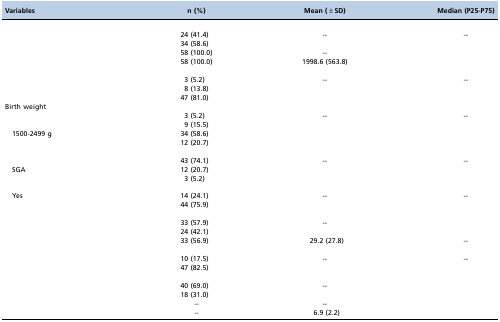
<table><thead><tr><td><b>Variables</b></td><td><b>n (%)</b></td><td><b>Mean (±SD)</b></td><td><b>Median (P25-P75)</b></td></tr></thead><tbody><tr><td>[EMPTY_CELL]</td><td>[EMPTY_CELL]</td><td>[EMPTY_CELL]</td><td>[EMPTY_CELL]</td></tr><tr><td>[EMPTY_CELL]</td><td>24 (41.4)</td><td>--</td><td>--</td></tr><tr><td>[EMPTY_CELL]</td><td>34 (58.6)</td><td>[EMPTY_CELL]</td><td>[EMPTY_CELL]</td></tr><tr><td>[EMPTY_CELL]</td><td>58 (100.0)</td><td>--</td><td>[EMPTY_CELL]</td></tr><tr><td>[EMPTY_CELL]</td><td>58 (100.0)</td><td>1998.6 (563.8)</td><td>[EMPTY_CELL]</td></tr><tr><td>[EMPTY_CELL]</td><td>[EMPTY_CELL]</td><td>[EMPTY_CELL]</td><td>[EMPTY_CELL]</td></tr><tr><td>[EMPTY_CELL]</td><td>3 (5.2)</td><td>--</td><td>--</td></tr><tr><td>[EMPTY_CELL]</td><td>8 (13.8)</td><td>[EMPTY_CELL]</td><td>[EMPTY_CELL]</td></tr><tr><td>[EMPTY_CELL]</td><td>47 (81.0)</td><td>[EMPTY_CELL]</td><td>[EMPTY_CELL]</td></tr><tr><td>Birth weight</td><td>[EMPTY_CELL]</td><td>[EMPTY_CELL]</td><td>[EMPTY_CELL]</td></tr><tr><td>[EMPTY_CELL]</td><td>3 (5.2)</td><td>--</td><td>--</td></tr><tr><td>[EMPTY_CELL]</td><td>9 (15.5)</td><td>[EMPTY_CELL]</td><td>[EMPTY_CELL]</td></tr><tr><td>1500-2499 g</td><td>34 (58.6)</td><td>[EMPTY_CELL]</td><td>[EMPTY_CELL]</td></tr><tr><td>[EMPTY_CELL]</td><td>12 (20.7)</td><td>[EMPTY_CELL]</td><td>[EMPTY_CELL]</td></tr><tr><td>[EMPTY_CELL]</td><td>[EMPTY_CELL]</td><td>[EMPTY_CELL]</td><td>[EMPTY_CELL]</td></tr><tr><td>[EMPTY_CELL]</td><td>43 (74.1)</td><td>--</td><td>--</td></tr><tr><td>SGA</td><td>12 (20.7)</td><td>[EMPTY_CELL]</td><td>[EMPTY_CELL]</td></tr><tr><td>[EMPTY_CELL]</td><td>3 (5.2)</td><td>[EMPTY_CELL]</td><td>[EMPTY_CELL]</td></tr><tr><td>[EMPTY_CELL]</td><td>[EMPTY_CELL]</td><td>[EMPTY_CELL]</td><td>[EMPTY_CELL]</td></tr><tr><td>Yes</td><td>14 (24.1)</td><td>--</td><td>--</td></tr><tr><td>[EMPTY_CELL]</td><td>44 (75.9)</td><td>[EMPTY_CELL]</td><td>[EMPTY_CELL]</td></tr><tr><td>[EMPTY_CELL]</td><td>[EMPTY_CELL]</td><td>[EMPTY_CELL]</td><td>[EMPTY_CELL]</td></tr><tr><td>[EMPTY_CELL]</td><td>33 (57.9)</td><td>--</td><td>[EMPTY_CELL]</td></tr><tr><td>[EMPTY_CELL]</td><td>24 (42.1)</td><td>[EMPTY_CELL]</td><td>[EMPTY_CELL]</td></tr><tr><td>[EMPTY_CELL]</td><td>33 (56.9)</td><td>29.2 (27.8)</td><td>--</td></tr><tr><td>[EMPTY_CELL]</td><td>[EMPTY_CELL]</td><td>[EMPTY_CELL]</td><td>[EMPTY_CELL]</td></tr><tr><td>[EMPTY_CELL]</td><td>10 (17.5)</td><td>--</td><td>--</td></tr><tr><td>[EMPTY_CELL]</td><td>47 (82.5)</td><td>[EMPTY_CELL]</td><td>[EMPTY_CELL]</td></tr><tr><td>[EMPTY_CELL]</td><td>[EMPTY_CELL]</td><td>[EMPTY_CELL]</td><td>[EMPTY_CELL]</td></tr><tr><td>[EMPTY_CELL]</td><td>40 (69.0)</td><td>--</td><td>[EMPTY_CELL]</td></tr><tr><td>[EMPTY_CELL]</td><td>18 (31.0)</td><td>[EMPTY_CELL]</td><td>[EMPTY_CELL]</td></tr><tr><td>[EMPTY_CELL]</td><td>--</td><td>--</td><td>[EMPTY_CELL]</td></tr><tr><td>[EMPTY_CELL]</td><td>--</td><td>6.9 (2.2)</td><td>[EMPTY_CELL]</td></tr></tbody></table>